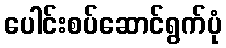
ပေါင်းစပ်ဆောင်ရွက်ပုံ